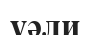
үәли